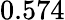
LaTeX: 0.574